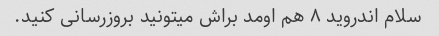
سلام اندروید ۸ هم اومد براش میتونید بروزرسانی کنید.